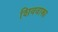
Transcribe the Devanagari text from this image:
शिववाक्य